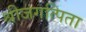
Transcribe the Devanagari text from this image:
श्रीजगत्पिता